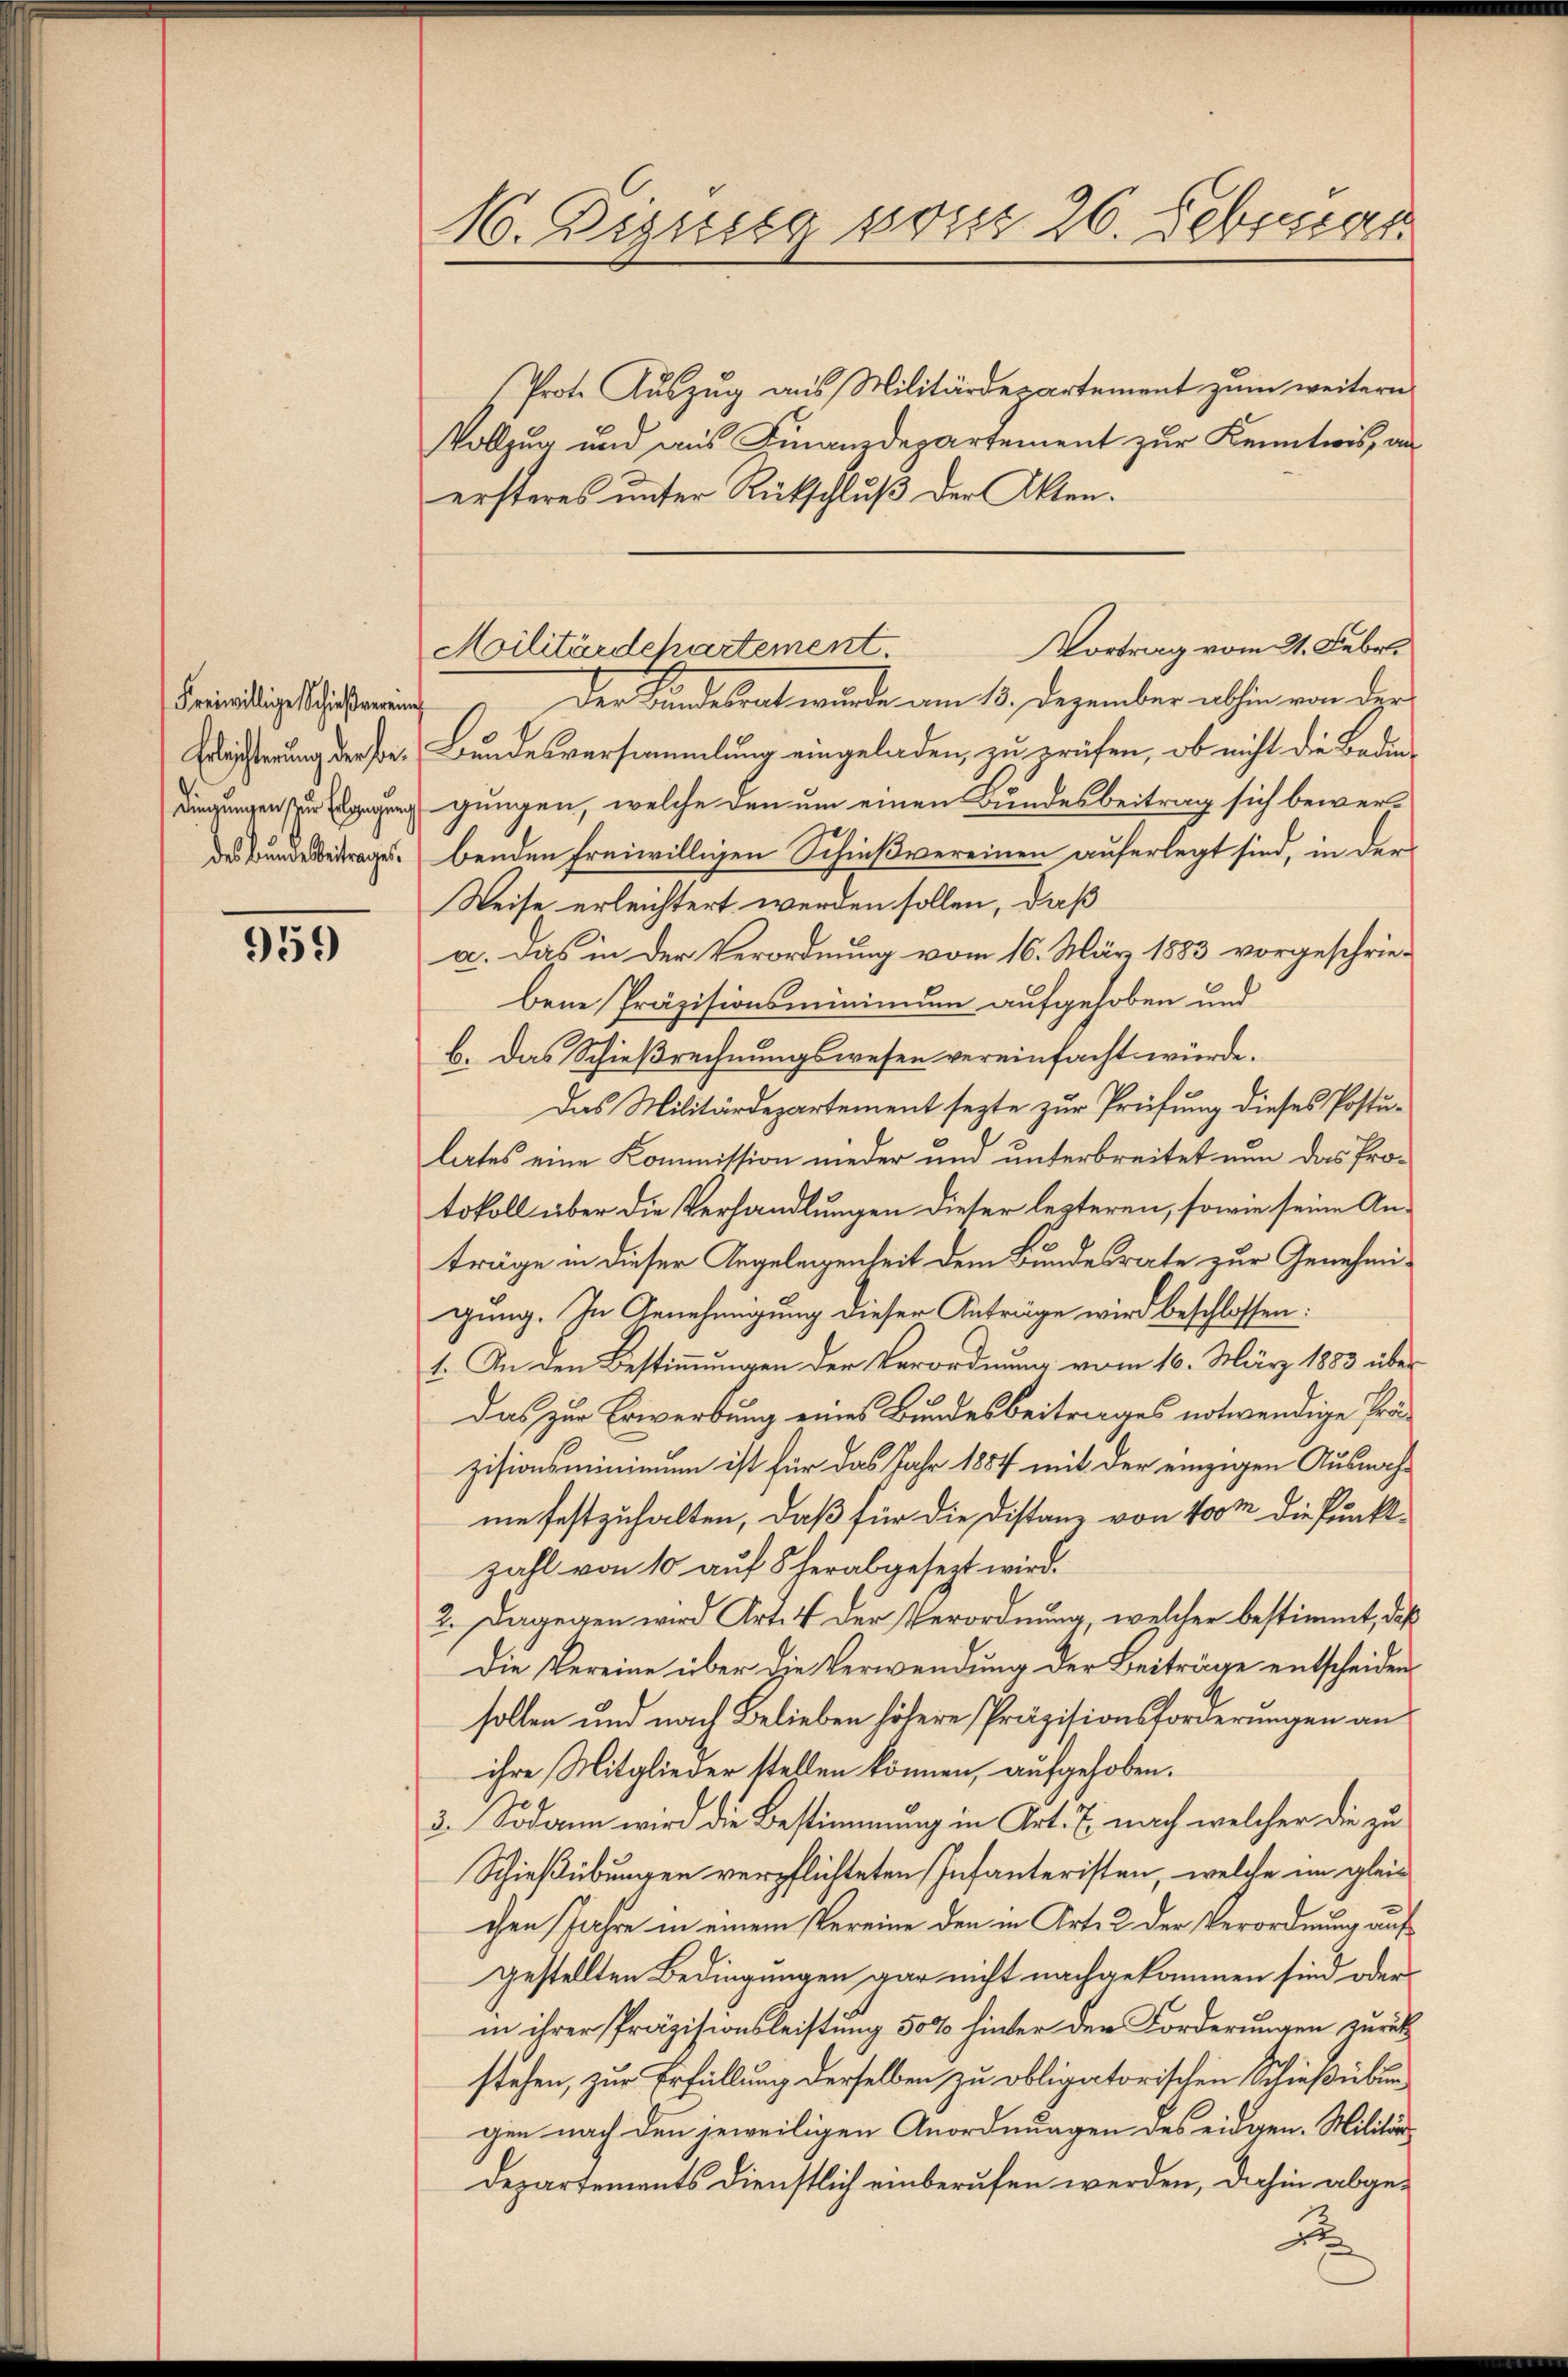
Freiwillige Schießverein
Erleichterung der Bedingungen zur Erlegung
des Bundesbeitrages.

959

16. Destieg von 26. Februar

Prote Auszug aus Militärdepartement zum weitern
Vollzug und aus Finanzdepartement zur Kenntnis, an
ersteres unter Rückschluß der Akten.
Der Kindesrat wurde am 13. Dezember abhin von der
Bundesversammlung eingeladen, zu prüfen, ob nicht die Bedin-
gungen, welche den um einen Bundesbeitrag sich bewerbenden freiwilligen Schießvereinen auferlegt sind, in der
Weise erleichtert werden sollen, daß
a. Das in der Verordnung vom 16. März 1883 vorgeschrie-
bene Präzisionsminimum aufgehoben und
b. Das Schießrechnungswesen vereinfacht würde.
Das Militärdepartement sezte zur Prüfung dieses Postulates eine Kommission nieder und unterbreitet nun das Protokoll über die Verhandlungen dieser lezteren, sowie seine Anträge in dieser Angelegenheit dem Bundesrate zur Genehmigung. In Genehmigung dieser Anträge wird beschlossen:
1. An den Bestimmungen der Verordnung vom 16. März 1883 über
Das zur Erwerbung eines Bundesbeitrages notwendige Präzisionsmininium ist für das Jahr 1887 mit der einzigen Ausnahne festzuhalten, daß für die Distanz von 400 m die Punktzahl von 10 auf 5 herabgesezt wird.
2. Dagegen wird Art. 4 der Verordnung, welcher bestimmt, daß
Die Vereine über die Verwendung der Beiträge entscheiden
sollen und nach Belieben höhere Präzisionsforderungen an
ihre Mitglieder stellen können, aufgehoben.
3. Sodann wird die Bestimmung in Art. 7. nach welcher die zu
Schießübungen verpflichteten Infanteristen, welche im gleichen Jahre in einem Vereine den in Art. 2 der Verordnung auf
gestellten Bedingungen gar nicht nachgekommen sind oder
in ihrer Präzisionsleistung 50% hinter den Forderungen zurükstehen, zur Erfüllung derselben zu obligatorischen Schießübun
gen nach den jeweiligen Anordnungen des eidgen. Militär¬
Departements dienstlich einberufen werden, dahin abge¬
B

Vortrag vom 21. Febr.
Militärdepartement.